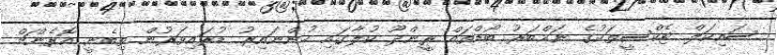
ސައިކަލް ޓެކްސީތަކުގެ ނަމްބަރު ބޯޑްތައް ރީންދޫ ކުލާގައި ހުންނައިރު ޑުރައިވަރުން ތިބެނީ އޮރެންޗް